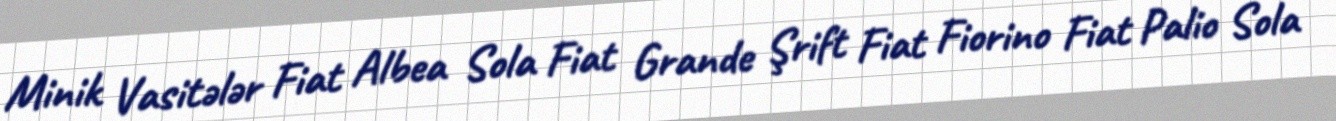
Minik Vasitələr Fiat Albea Sola Fiat Grande Şrift Fiat Fiorino Fiat Palio Sola